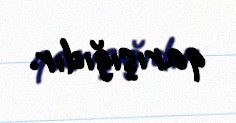
qarışığıdır.